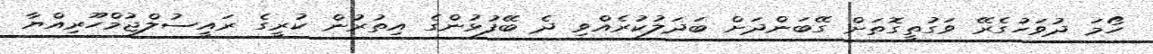
ހޯމަ ދުވަހުގެރޭ ވަގުތީގޮތަށް ގޭބަންދަށް ބަދަލުކުރެއްވި ދެ ބޭފުޅުންގެ އިތުރުން ކުރީގެ ރައީސުލްޖުމްހޫރިއްޔާ